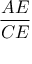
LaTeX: \frac { A E } { C E }